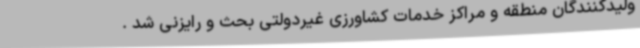
ولیدکنندگان منطقه و مراکز خدمات کشاورزی غیردولتی بحث و رایزنی شد .